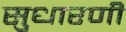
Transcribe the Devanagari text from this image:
सुधारणी